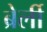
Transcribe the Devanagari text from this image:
ब्रेर्ली